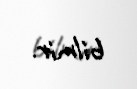
bilmir.